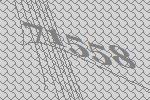
71558